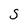
Character: s